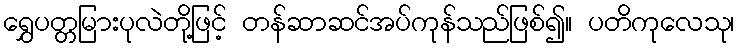
ရွှေပတ္တမြားပုလဲတို့ဖြင့် တန်ဆာဆင်အပ်ကုန်သည်ဖြစ်၍။ ပတိကုလေသု၊